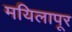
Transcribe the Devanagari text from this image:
मयिलापूर